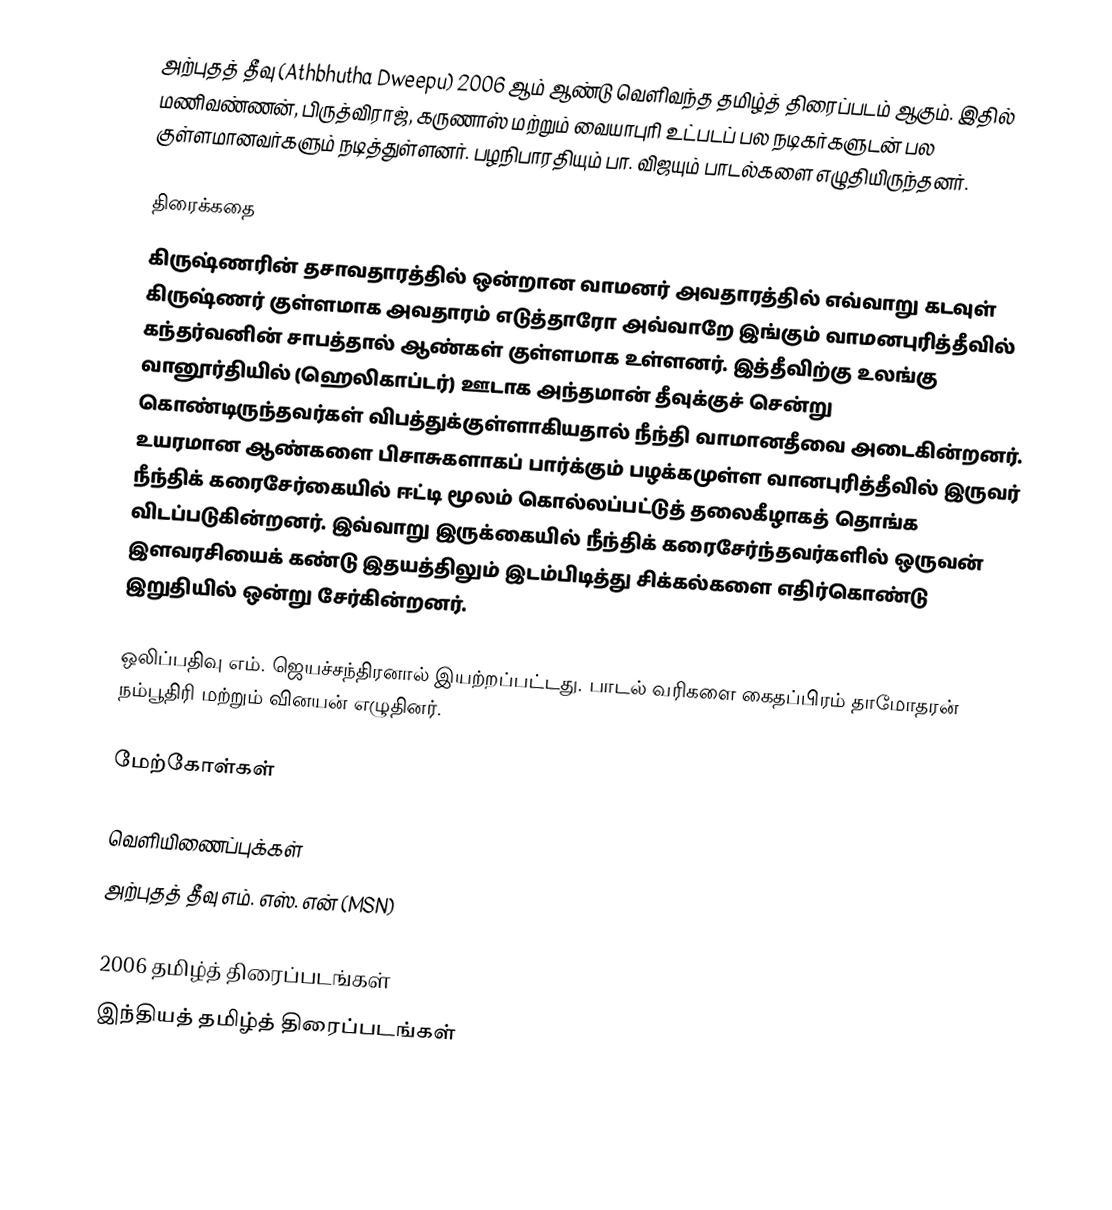
அற்புதத் தீவு (Athbhutha Dweepu) 2006 ஆம் ஆண்டு வெளிவந்த தமிழ்த் திரைப்படம் ஆகும். இதில் மணிவண்ணன், பிருத்விராஜ், கருணாஸ் மற்றும் வையாபுரி உட்படப் பல நடிகர்களுடன் பல குள்ளமானவர்களும் நடித்துள்ளனர். பழநிபாரதியும் பா. விஜயும் பாடல்களை எழுதியிருந்தனர்.

திரைக்கதை
கிருஷ்ணரின் தசாவதாரத்தில் ஒன்றான வாமனர் அவதாரத்தில் எவ்வாறு கடவுள் கிருஷ்ணர் குள்ளமாக அவதாரம் எடுத்தாரோ அவ்வாறே இங்கும் வாமனபுரித்தீவில் கந்தர்வனின் சாபத்தால் ஆண்கள் குள்ளமாக உள்ளனர். இத்தீவிற்கு உலங்கு வானூர்தியில் (ஹெலிகாப்டர்) ஊடாக அந்தமான் தீவுக்குச் சென்று கொண்டிருந்தவர்கள் விபத்துக்குள்ளாகியதால் நீந்தி வாமானதீவை அடைகின்றனர். உயரமான ஆண்களை பிசாசுகளாகப் பார்க்கும் பழக்கமுள்ள வானபுரித்தீவில் இருவர் நீந்திக் கரைசேர்கையில் ஈட்டி மூலம் கொல்லப்பட்டுத் தலைகீழாகத் தொங்க விடப்படுகின்றனர். இவ்வாறு இருக்கையில் நீந்திக் கரைசேர்ந்தவர்களில் ஒருவன் இளவரசியைக் கண்டு இதயத்திலும் இடம்பிடித்து சிக்கல்களை எதிர்கொண்டு இறுதியில் ஒன்று சேர்கின்றனர்.

ஒலிப்பதிவு எம். ஜெயச்சந்திரனால் இயற்றப்பட்டது. பாடல் வரிகளை கைதப்பிரம் தாமோதரன் நம்பூதிரி மற்றும் வினயன் எழுதினர்.

மேற்கோள்கள்

வெளியிணைப்புக்கள்
அற்புதத் தீவு  எம். எஸ். என் (MSN)

2006 தமிழ்த் திரைப்படங்கள்
இந்தியத் தமிழ்த் திரைப்படங்கள்